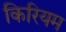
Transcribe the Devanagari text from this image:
किरियम